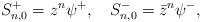
LaTeX: \begin{align*}S^+_{n,0}=z^n\psi^+,\quad S^-_{n,0}=\bar z^n\psi^-,\end{align*}